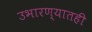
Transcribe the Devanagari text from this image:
उभारण्यातही